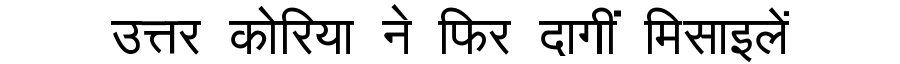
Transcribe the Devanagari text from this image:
उत्तर कोरिया ने फिर दागीं मिसाइलें